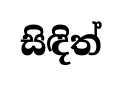
සිඳිත්